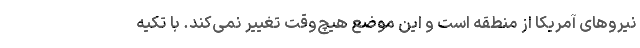
نیروهای آمریکا از منطقه است و این موضع هیچ‌وقت تغییر نمی‌کند. با تکیه